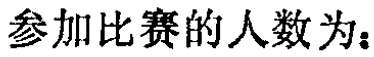
参加比赛的人数为：